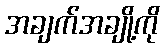
အချက်အချို့ကို